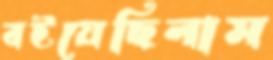
বইয়েছিলাম